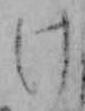
け